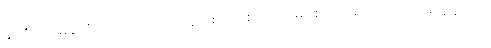
နိုင်ငံရေး မုန်တိုင်းထန်တဲ့ ပြည်တွင်းစစ်အစကာလမှာ စတင်ခဲ့တဲ့ စာပေဗိမာန်ဆုဟာ